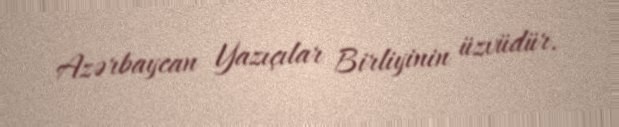
Azərbaycan Yazıçılar Birliyinin üzvüdür.